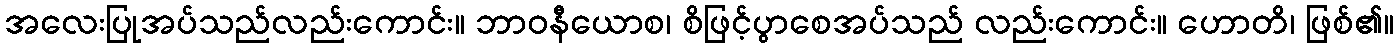
အလေးပြုအပ်သည်လည်းကောင်း။ ဘာဝနီယောစ၊ စိဖြင့်ပွာစေအပ်သည် လည်းကောင်း။ ဟောတိ၊ ဖြစ်၏။